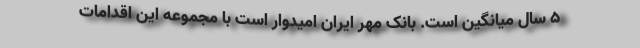
۵ سال ميانگين است. بانک مهر ایران امیدوار است با مجموعه این اقدامات